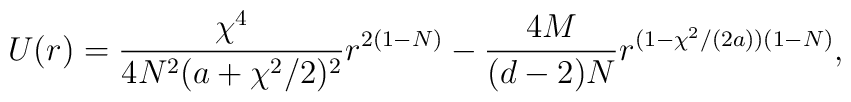
U(r)=\frac{\chi^4}{4N^2(a+\chi^2/2)^2} r^{2(1-N)}-\frac{4M}{(d-2)N} r^{(1-\chi^2/(2a))(1-N)},